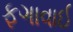
ફગાવાઈ